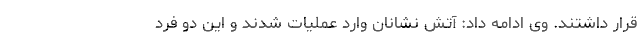
قرار داشتند. وی ادامه داد: آتش نشانان وارد عملیات شدند و این دو فرد